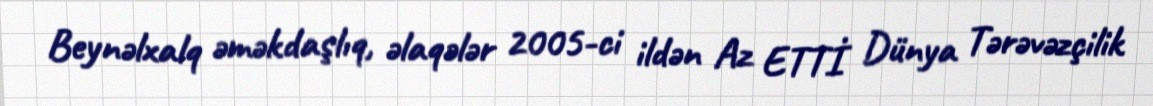
Beynəlxalq əməkdaşlıq, əlaqələr 2005-ci ildən Az ETTİ Dünya Tərəvəzçilik